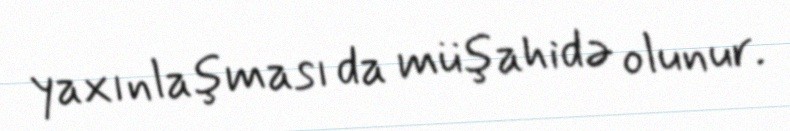
yaxınlaşması da müşahidə olunur.